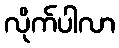
လိုက်ပါလာ